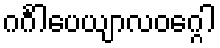
ဂင်္ဂါပေယျာလဝဂ္ဂေါ